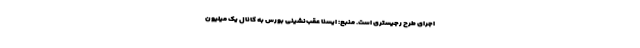
اجرای طرح رجیستری است. منبع: ایسنا عقب‌نشینی بورس به کانال یک میلیون